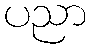
ပညာ